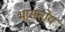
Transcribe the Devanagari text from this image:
भासतोय